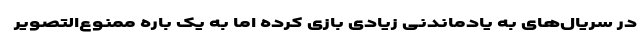
در سریال‌های به یادماندنی زیادی بازی کرده اما به یک باره ممنوع‌التصویر